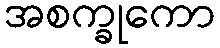
အစက္ခုကော